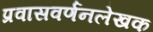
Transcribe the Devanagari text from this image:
प्रवासवर्णनलेखक